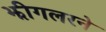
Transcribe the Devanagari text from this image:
झीगलरने